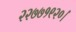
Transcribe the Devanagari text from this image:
२२७७१९२०।